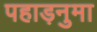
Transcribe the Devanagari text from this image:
पहाड़नुमा